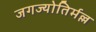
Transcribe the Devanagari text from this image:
जगज्योतिर्मल्ल